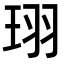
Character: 珝